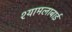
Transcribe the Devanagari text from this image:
श्यामलाबाई